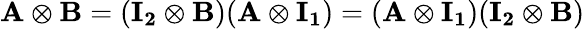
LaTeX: \mathbf{A}\otimes\mathbf{B}=(\mathbf{I_{2}}\otimes\mathbf{B})(\mathbf{A}\otimes\mathbf{I_{1}})=(\mathbf{A}\otimes\mathbf{I_{1}})(\mathbf{I_{2}}\otimes\mathbf{B})